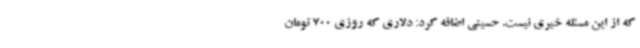
که از این مسئله خبری نیست. حسینی اضافه کرد: دلاری که روزی 700 تومان